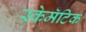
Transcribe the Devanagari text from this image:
स्केमॅटिक